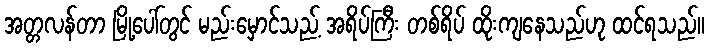
အတ္တလန်တာ မြို့ပေါ်တွင် မည်းမှောင်သည့် အရိပ်ကြီး တစ်ရိပ် ထိုးကျနေသည်ဟု ထင်ရသည်။